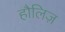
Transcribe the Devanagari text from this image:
हौलिज़